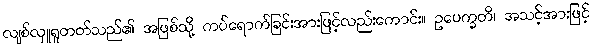
လျစ်လှူရှုတတ်သည်၏ အဖြစ်သို့ ကပ်ရောက်ခြင်းအားဖြင့်လည်းကောင်း။ ဥပေက္ခတိ၊ အသင့်အားဖြင့်